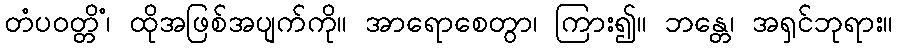
တံပဝတ္တိံ၊ ထိုအဖြစ်အပျက်ကို။ အာရောစေတွာ၊ ကြား၍။ ဘန္တေ၊ အရှင်ဘုရား။